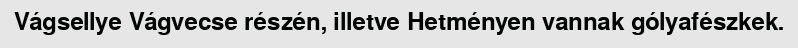
Vágsellye Vágvecse részén, illetve Hetményen vannak gólyafészkek.